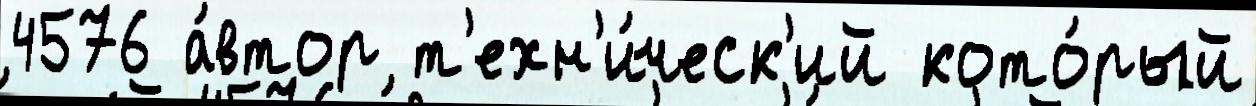
4576 а́втор т'ехн'и́ческ'ий кото́рый